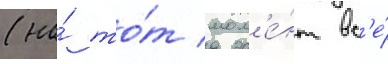
(на́ то́т мом'е́нт вс'е́